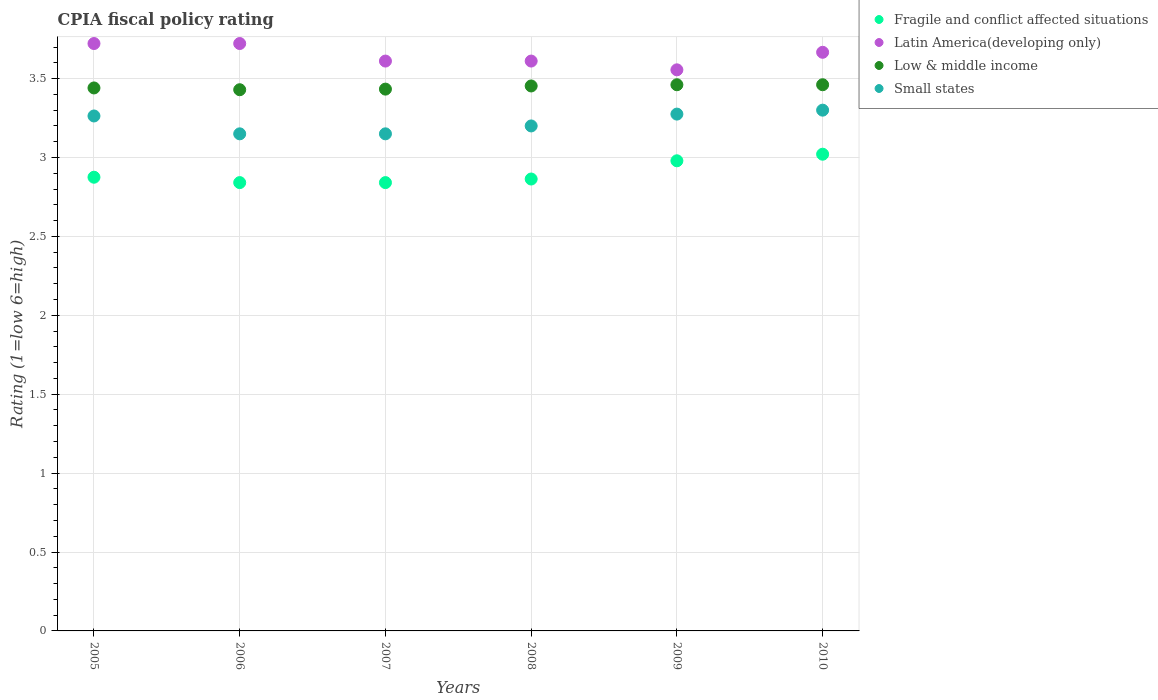
| Years | Fragile and conflict affected situations | Latin America(developing only) | Low & middle income | Small states |
 | --- | --- | --- | --- | --- |
 | 2005 | 2.88 | 3.72 | 3.44 | 3.26 |
 | 2006 | 2.84 | 3.72 | 3.43 | 3.15 |
 | 2007 | 2.84 | 3.61 | 3.43 | 3.15 |
 | 2008 | 2.86 | 3.61 | 3.45 | 3.2 |
 | 2009 | 2.98 | 3.56 | 3.46 | 3.27 |
 | 2010 | 3.02 | 3.67 | 3.46 | 3.3 |